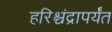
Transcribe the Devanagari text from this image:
हरिश्चंद्रापर्यंत